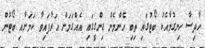
ހާދިސާ ހިނގުމާއެކު ބޯޓުގައި ތިބި އެންމެން ޑިންގީގައި އެއްގަމަށް އަރާފައިވާ ކަމަށާއި ބޯޓުން